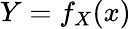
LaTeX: Y=f_{X}(x)